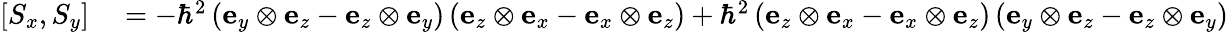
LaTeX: \begin{array}{rl}{\left[S_{x},S_{y}\right]}&{{}=-\hbar^{2}\left(\mathbf{e}_{y}\otimes\mathbf{e}_{z}-\mathbf{e}_{z}\otimes\mathbf{e}_{y}\right)\left(\mathbf{e}_{z}\otimes\mathbf{e}_{x}-\mathbf{e}_{x}\otimes\mathbf{e}_{z}\right)+\hbar^{2}\left(\mathbf{e}_{z}\otimes\mathbf{e}_{x}-\mathbf{e}_{x}\otimes\mathbf{e}_{z}\right)\left(\mathbf{e}_{y}\otimes\mathbf{e}_{z}-\mathbf{e}_{z}\otimes\mathbf{e}_{y}\right)}\end{array}